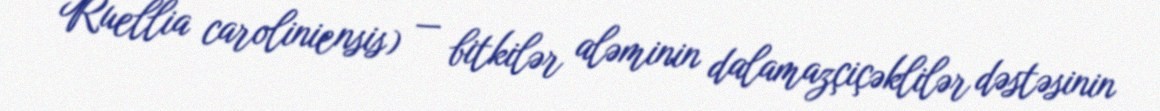
Ruellia caroliniensis) — bitkilər aləminin dalamazçiçəklilər dəstəsinin